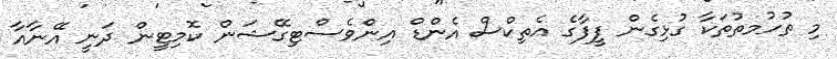
މި ތުހުމތުތަކާ ގުޅިގެން ފީފާގެ އެތިކްސް އެންޑް އިންވެސްޓިގޭޝަން ކޮމިޓީން ދަނީ އޭނާއާ